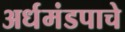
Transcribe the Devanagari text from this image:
अर्धमंडपाचे